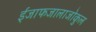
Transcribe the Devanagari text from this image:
ईजाफजालाजोकुल